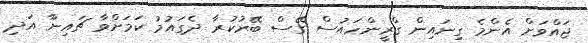
ޖައްވަށް އެންމެ ގިނައިން ގްރީންހައުސް ގޭސް ބޭރުކުރާ ދެގައުމު ކަމަށްވާ ޗައިނާ އަދި